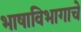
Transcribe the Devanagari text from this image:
भाषाविभागाचे